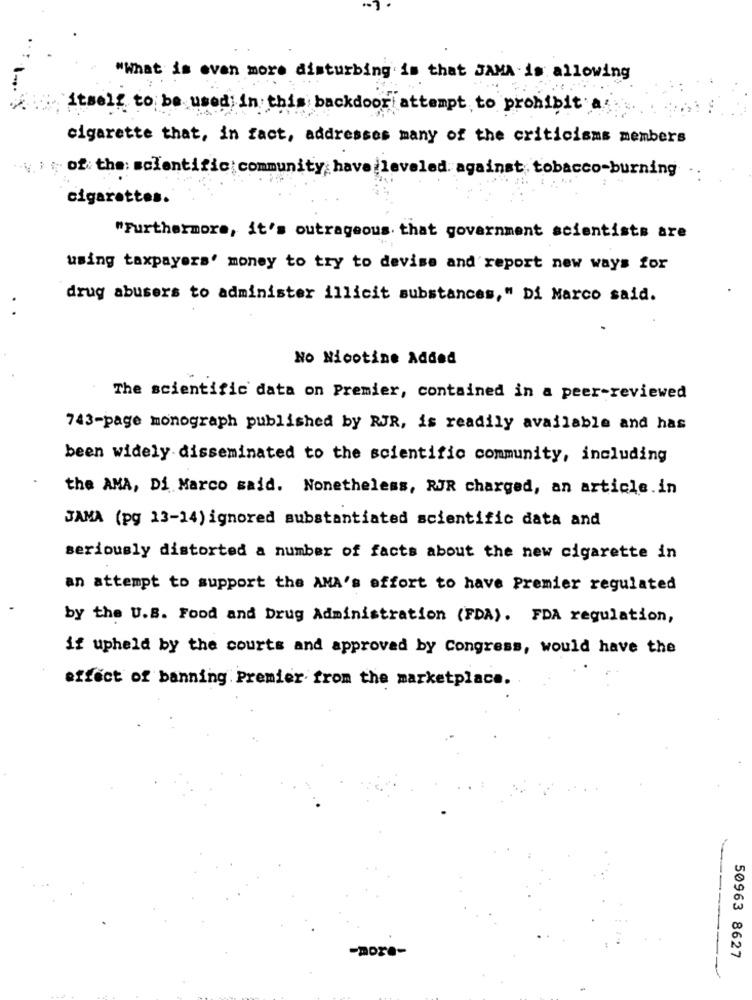
"What is even more disturbing is that JAMA is allowing
itself to be used in this backdoor attempt to prohibit a
cigarette that, in fact, addresses many of the criticisms members
.. )of the: scientific community have leveled against, tobacco-burning
cigarettes.
"Furthermore, it's outrageous that government scientists are
using taxpayers' money to try to devise and report new ways for
drug abusers to administer illicit substances," Di Marco said.
.
No Nicotine Added
The scientific data on Premier, contained in a peer-reviewed
743-page monograph published by RJR, is readily available and has
been widely disseminated to the scientific community, including
the AMA, Di Marco said. Nonetheless, RJR charged, an article in
JAMA (pg 13-14) ignored substantiated scientific data and
seriously distorted a number of facts about the new cigarette in
an attempt to support the AMA's effort to have Premier regulated
by the U.S. Food and Drug Administration (FDA). FDA regulation,
if upheld by the courts and approved by Congress, would have the
effect of banning Premier from the marketplace.
---
-more-
50963 8627